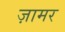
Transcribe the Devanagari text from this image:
ज़ामर